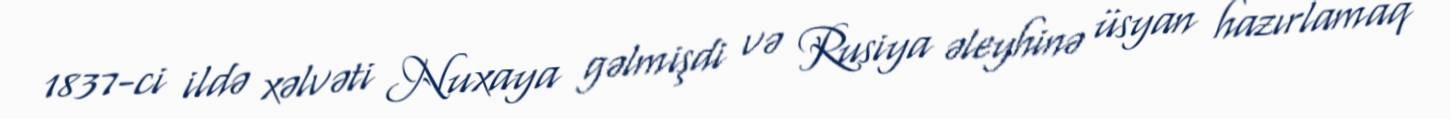
1837-ci ildə xəlvəti Nuxaya gəlmişdi və Rusiya əleyhinə üsyan hazırlamaq